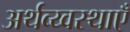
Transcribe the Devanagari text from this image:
अर्थव्य्वस्थाएँ